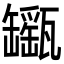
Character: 𤮫